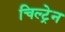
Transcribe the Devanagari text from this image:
चिल्ट्रेन